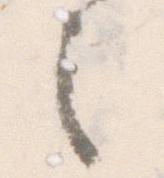
之